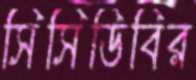
সিসিডিবির